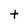
Character: t